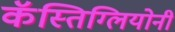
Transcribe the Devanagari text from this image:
कॅस्तिग्लियोनी